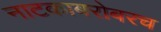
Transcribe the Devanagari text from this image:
नाटकाबरोबरच